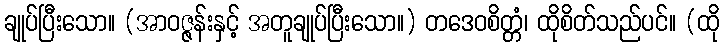
ချုပ်ပြီးသော။ (အာဝဇ္ဇန်းနှင့် အတူချုပ်ပြီးသော။) တဒေဝစိတ္တံ၊ ထိုစိတ်သည်ပင်။ (ထို